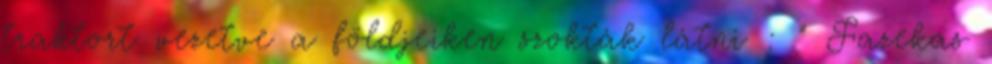
traktort vezetve a földjeiken szokták látni : " Fazekas